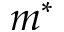
m ^ { * }